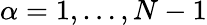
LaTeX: \alpha=1,\ldots,N-1